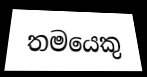
තමයෙකු